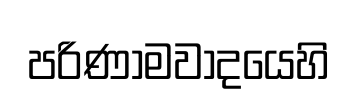
පරිණාමවාදයෙහි